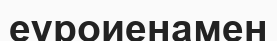
еуроиенамен